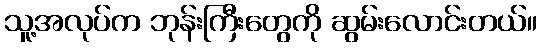
သူ့အလုပ်က ဘုန်းကြီးတွေကို ဆွမ်းလောင်းတယ်။